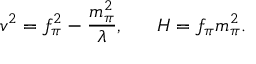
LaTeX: v ^ { 2 } = f _ { \pi } ^ { 2 } - \frac { m _ { \pi } ^ { 2 } } { \lambda } , \ \ \ \ \ H = f _ { \pi } m _ { \pi } ^ { 2 } .